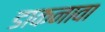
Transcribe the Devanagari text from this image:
डाकनावा